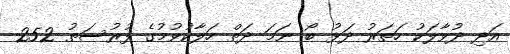
އަދި ދުވާލަކު ހަތަރު ދަޅު ބޯ ނަމަ ދަތް ހަލާކުވުމުގެ ފުރުސަތު 252